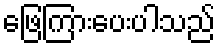
ဖြေကြားပေးပါသည်